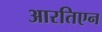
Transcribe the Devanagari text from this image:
आरतिएन